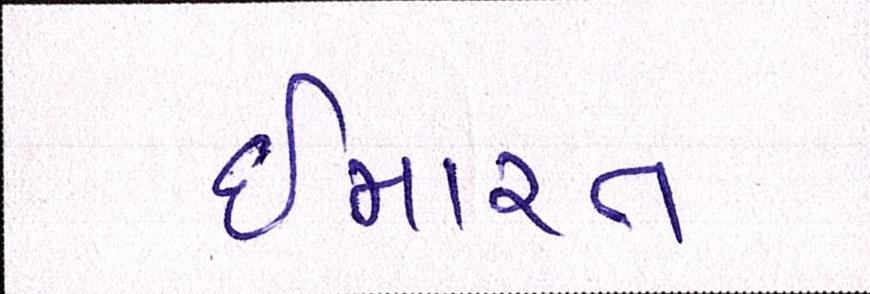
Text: ઈમારત